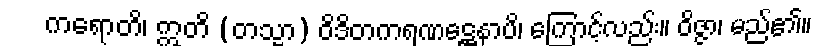
ကရောတိ၊ ဣတိ (တသ္မာ) ဝိဒိတကရဏဋ္ဌေနာပိ၊ ကြောင့်လည်း။ ဝိဇ္ဇာ၊ မည်၏။